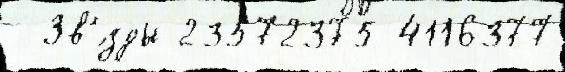
  Зв'́зды 23572375-4116377